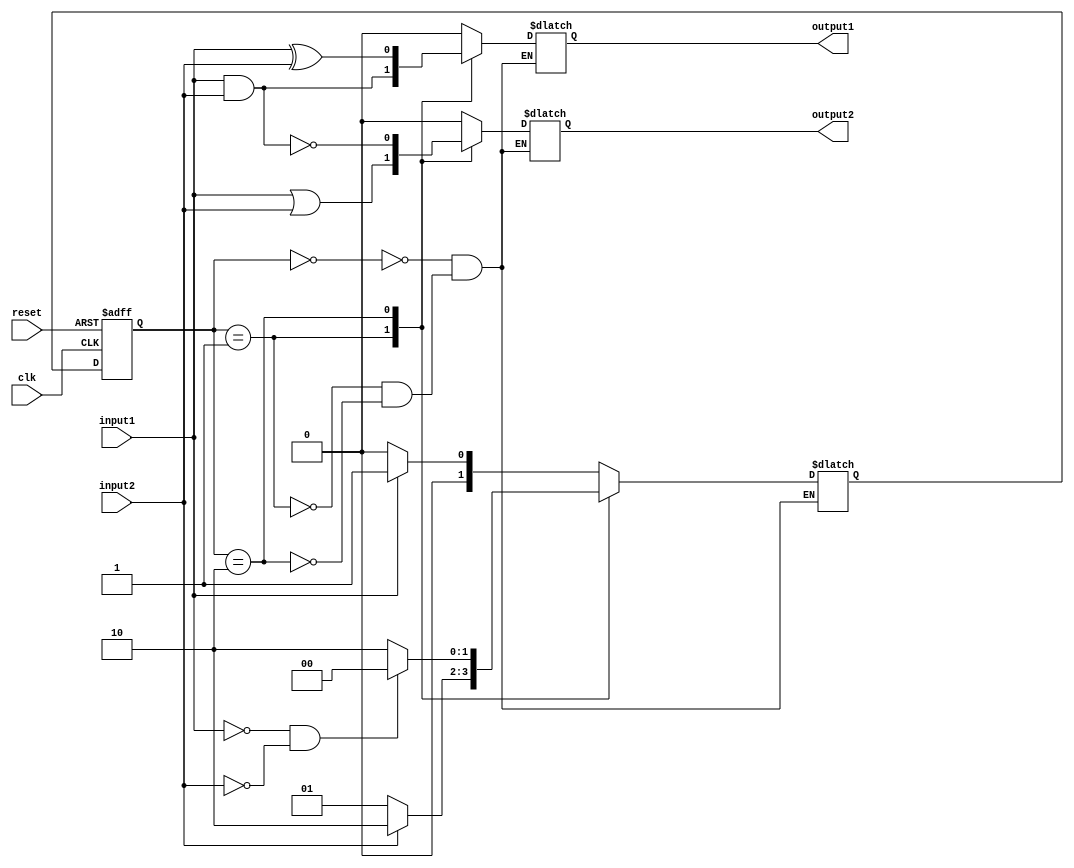
module Mealy_State_Machine(
  input clk, reset, 
  input input1, input2, 
  output reg output1, output2
);

// Define states of the state machine
parameter S0 = 2'b00;
parameter S1 = 2'b01;
parameter S2 = 2'b10;

// Define outputs for each state
always @*
begin
  case(state)
    S0: begin
      output1 = 1'b0;
      output2 = 1'b0;
    end
    S1: begin
      output1 = input1 & input2;
      output2 = input1 | input2;
    end
    S2: begin
      output1 = input1 ^ input2;
      output2 = ~(input1 & input2);
    end
  endcase
end

// State register and next state logic
reg [1:0] state, next_state;
always @*
begin
  case(state)
    S0: begin
      if(input1)
        next_state = S1;
      else
        next_state = S0;
    end
    S1: begin
      if(input2)
        next_state = S2;
      else
        next_state = S1;
    end
    S2: begin
      if(!input1 && !input2)
        next_state = S0;
      else
        next_state = S2;
    end
  endcase
end

// State transition
always @(posedge clk or posedge reset)
begin
  if(reset)
    state <= S0;
  else
    state <= next_state;
end

endmodule